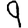
Digit: 9